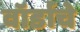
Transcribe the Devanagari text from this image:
वॉर्डाचे